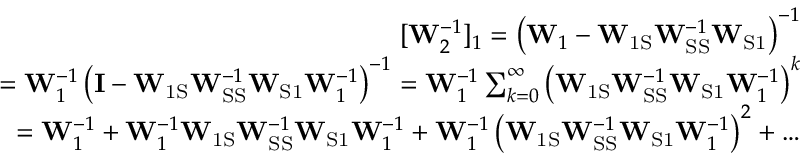
\begin{array} { r } { [ \mathbf { W } _ { 2 } ^ { - 1 } ] _ { 1 } = \left( \mathbf { W } _ { 1 } - \mathbf { W } _ { \mathrm { 1 S } } \mathbf { W } _ { \mathrm { S S } } ^ { - 1 } \mathbf { W } _ { \mathrm { S 1 } } \right) ^ { - 1 } } \\ { = \mathbf { W } _ { 1 } ^ { - 1 } \left( \mathbf { I } - \mathbf { W } _ { \mathrm { 1 S } } \mathbf { W } _ { \mathrm { S S } } ^ { - 1 } \mathbf { W } _ { \mathrm { S 1 } } \mathbf { W } _ { 1 } ^ { - 1 } \right) ^ { - 1 } = \mathbf { W } _ { 1 } ^ { - 1 } \sum _ { k = 0 } ^ { \infty } \left( \mathbf { W } _ { \mathrm { 1 S } } \mathbf { W } _ { \mathrm { S S } } ^ { - 1 } \mathbf { W } _ { \mathrm { S 1 } } \mathbf { W } _ { 1 } ^ { - 1 } \right) ^ { k } } \\ { = \mathbf { W } _ { 1 } ^ { - 1 } + \mathbf { W } _ { 1 } ^ { - 1 } \mathbf { W } _ { \mathrm { 1 S } } \mathbf { W } _ { \mathrm { S S } } ^ { - 1 } \mathbf { W } _ { \mathrm { S 1 } } \mathbf { W } _ { 1 } ^ { - 1 } + \mathbf { W } _ { 1 } ^ { - 1 } \left( \mathbf { W } _ { \mathrm { 1 S } } \mathbf { W } _ { \mathrm { S S } } ^ { - 1 } \mathbf { W } _ { \mathrm { S 1 } } \mathbf { W } _ { 1 } ^ { - 1 } \right) ^ { 2 } + \dots } \end{array}